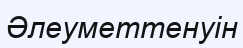
Әлеуметтенуін